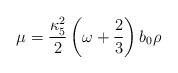
LaTeX: \begin{align*}\mu={{\kappa^2 _5} \over 2} \left(\omega + {2 \over 3} \right) b_0 \rho\end{align*}